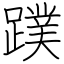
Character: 蹼